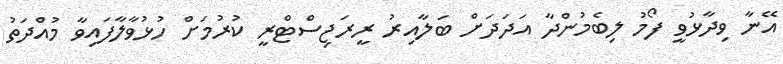
އޭނާ ވިދާޅުވީ ފޯމު ލިބެމުންދާ އަދަދަށް ބަލާއިރު ރީރަޖިސްޓްރީ ކުރުމަށް ހުޅުވާލާފައިވާ މުއްދަތު